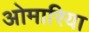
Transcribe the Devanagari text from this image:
ओमारिया